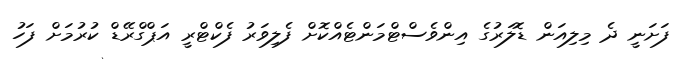
ފަށަނީ ދެ މިލިއަން ޑޮލަރުގެ އިންވެސްޓްމަންޓެއްކޮށް ފެލިވަރު ފެކްޓްރީ އަޕްގްރޭޑް ކުރުމަށް ފަހު